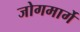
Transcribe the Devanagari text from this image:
जोगमार्गे